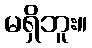
မရှိဘူး။